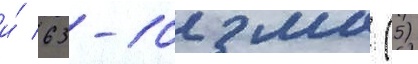
и́ 63-102 мм (5)